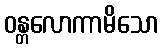
ဝန္တလောကာမိသော